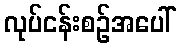
လုပ်ငန်းစဉ်အပေါ်